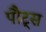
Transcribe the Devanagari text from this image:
पौट्स